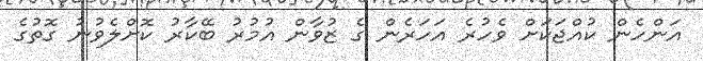
އަންހެން ކުއްޖަކަށް ވެހުރެ އަހަރެން ގެ ޒުވާން އުމުރު ބޭކާރު ކޮށްލެވުނު ގޮތުގެ